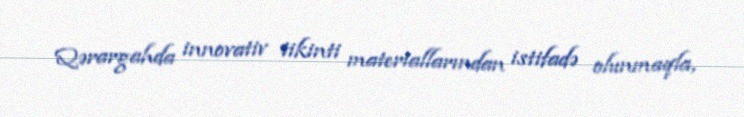
Qərargahda innovativ tikinti materiallarından istifadə olunmaqla,